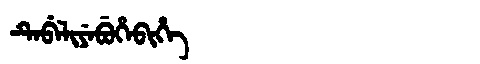
Manchu: ᡨᡝᠪᡝᠯᡳᠶᡝᠪᡠᡥᡝᠪᡳᡥᡝ
Romanization: TEBELIYEBUHEBIHE